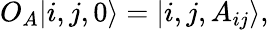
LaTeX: O_{A}|i,j,0\rangle=|i,j,A_{ij}\rangle,